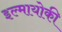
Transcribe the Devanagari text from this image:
इल्मायोकी